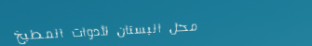
محل البستان لأدوات المطبخ